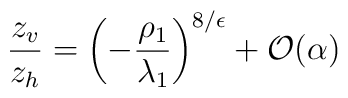
\frac{z_v}{z_h} = \left( -\frac{\rho_1}{\lambda_1} \right)^{8/\epsilon}+ {\cal O}(\alpha)